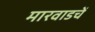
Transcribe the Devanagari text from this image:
मारवाडचें